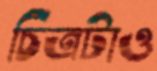
চিত্রটাও